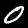
Label: 0